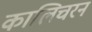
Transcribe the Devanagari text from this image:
कालिचरन